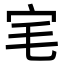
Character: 宒